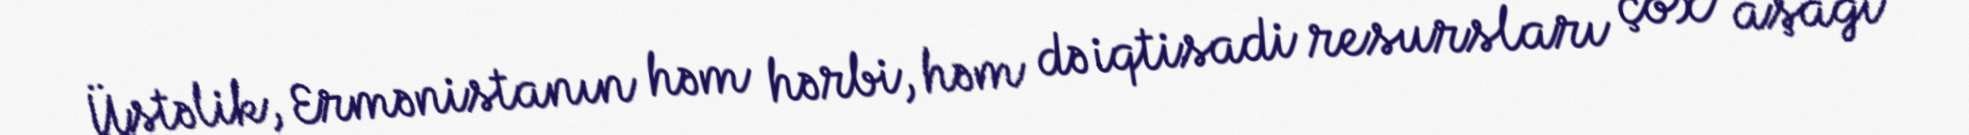
Üstəlik, Ermənistanın həm hərbi, həm də iqtisadi resursları çox aşağı